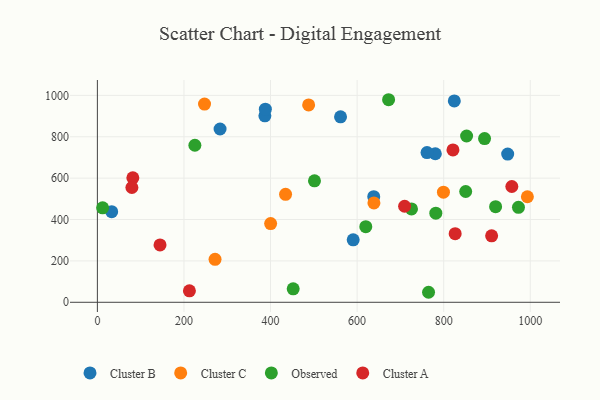
{"axis": {"x": "Study Hours", "y": "Yield"}, "legend": ["Cluster A", "Cluster B", "Cluster C", "Observed"], "data": [{"x": "386.9", "y": 901.3, "type": "Cluster B"}, {"x": "388.0", "y": 933.3, "type": "Cluster B"}, {"x": "947.8", "y": 716.5, "type": "Cluster B"}, {"x": "33.0", "y": 437.9, "type": "Cluster B"}, {"x": "283.4", "y": 837.6, "type": "Cluster B"}, {"x": "638.4", "y": 510.3, "type": "Cluster B"}, {"x": "780.7", "y": 717.9, "type": "Cluster B"}, {"x": "561.7", "y": 896.3, "type": "Cluster B"}, {"x": "824.5", "y": 973.1, "type": "Cluster B"}, {"x": "761.5", "y": 723.7, "type": "Cluster B"}, {"x": "590.9", "y": 301.7, "type": "Cluster B"}, {"x": "247.5", "y": 958.1, "type": "Cluster C"}, {"x": "799.4", "y": 532.0, "type": "Cluster C"}, {"x": "638.8", "y": 480.2, "type": "Cluster C"}, {"x": "434.7", "y": 522.0, "type": "Cluster C"}, {"x": "271.8", "y": 207.8, "type": "Cluster C"}, {"x": "400.2", "y": 380.4, "type": "Cluster C"}, {"x": "488.0", "y": 954.0, "type": "Cluster C"}, {"x": "993.3", "y": 510.1, "type": "Cluster C"}, {"x": "452.3", "y": 64.9, "type": "Observed"}, {"x": "725.6", "y": 451.4, "type": "Observed"}, {"x": "850.8", "y": 535.4, "type": "Observed"}, {"x": "765.0", "y": 48.4, "type": "Observed"}, {"x": "972.7", "y": 459.1, "type": "Observed"}, {"x": "852.9", "y": 803.6, "type": "Observed"}, {"x": "781.8", "y": 430.6, "type": "Observed"}, {"x": "919.9", "y": 462.1, "type": "Observed"}, {"x": "12.1", "y": 456.5, "type": "Observed"}, {"x": "894.4", "y": 791.2, "type": "Observed"}, {"x": "501.5", "y": 587.1, "type": "Observed"}, {"x": "672.7", "y": 979.0, "type": "Observed"}, {"x": "225.2", "y": 759.0, "type": "Observed"}, {"x": "620.0", "y": 365.5, "type": "Observed"}, {"x": "821.4", "y": 736.5, "type": "Cluster A"}, {"x": "81.9", "y": 601.3, "type": "Cluster A"}, {"x": "79.7", "y": 554.7, "type": "Cluster A"}, {"x": "212.6", "y": 55.5, "type": "Cluster A"}, {"x": "910.7", "y": 321.3, "type": "Cluster A"}, {"x": "826.5", "y": 331.5, "type": "Cluster A"}, {"x": "957.4", "y": 559.7, "type": "Cluster A"}, {"x": "144.7", "y": 277.3, "type": "Cluster A"}, {"x": "709.7", "y": 464.2, "type": "Cluster A"}]}